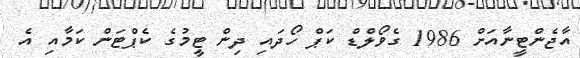
އާޖެންޓީނާއަށް 1986 ގެވޯލްޑް ކަޕް ހޯދައި ދިން ޓީީމުގެ ކެޕްޓަން ކަމާއި އެ